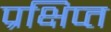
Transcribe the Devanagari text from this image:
प्रक्षिप्‍त